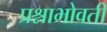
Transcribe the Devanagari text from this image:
प्रश्नाभोवती